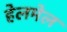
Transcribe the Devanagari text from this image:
हेलमेल